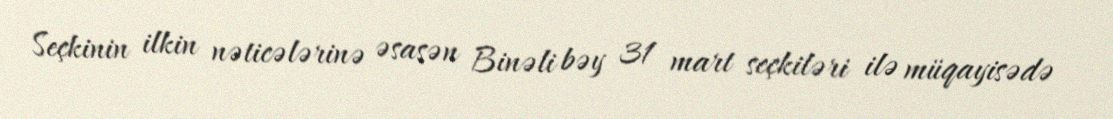
Seçkinin ilkin nəticələrinə əsasən Binəli bəy 31 mart seçkiləri ilə müqayisədə